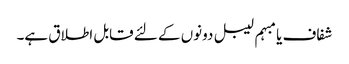
شفاف یا مبہم لیبل دونوں کے لئے قابل اطلاق ہے۔